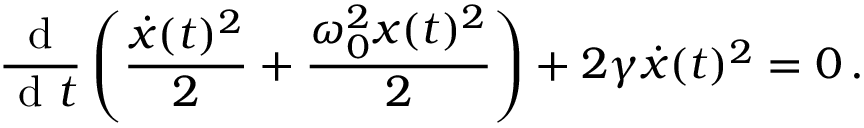
\frac { \textrm { d } } { \textrm { d } t } \left( \frac { \dot { x } ( t ) ^ { 2 } } { 2 } + \frac { \omega _ { 0 } ^ { 2 } x ( t ) ^ { 2 } } { 2 } \right) + 2 \gamma \dot { x } ( t ) ^ { 2 } = 0 \, .